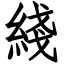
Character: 綫